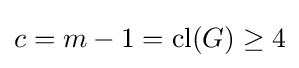
c=m-1=\mathrm {cl} (G)\geq 4